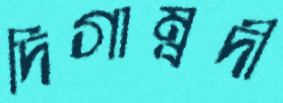
দিগাম্বদী